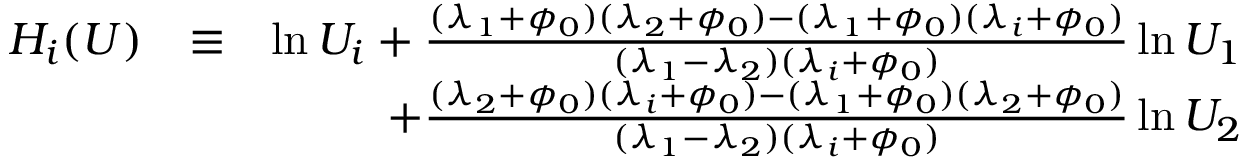
\begin{array} { r l r } { H _ { i } ( U ) } & { \equiv } & { \ln U _ { i } + \frac { ( \lambda _ { 1 } + \phi _ { 0 } ) ( \lambda _ { 2 } + \phi _ { 0 } ) - ( \lambda _ { 1 } + \phi _ { 0 } ) ( \lambda _ { i } + \phi _ { 0 } ) } { ( \lambda _ { 1 } - \lambda _ { 2 } ) ( \lambda _ { i } + \phi _ { 0 } ) } \ln U _ { 1 } } \\ & { } & { \; \; \; \; \; \; \; \; \; + \frac { ( \lambda _ { 2 } + \phi _ { 0 } ) ( \lambda _ { i } + \phi _ { 0 } ) - ( \lambda _ { 1 } + \phi _ { 0 } ) ( \lambda _ { 2 } + \phi _ { 0 } ) } { ( \lambda _ { 1 } - \lambda _ { 2 } ) ( \lambda _ { i } + \phi _ { 0 } ) } \ln U _ { 2 } } \end{array}